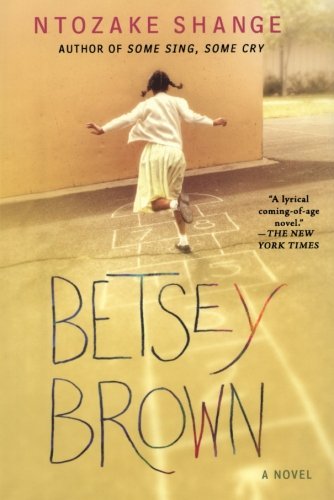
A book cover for Betsey Brown: A Novel; Ntozake Shange; Literature & Fiction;